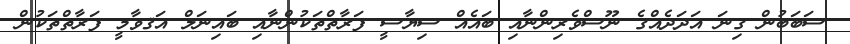
ސަބަބުން ގިނަ އަދަދެއްގެ ނޫސްވެރިންނާއި ބައެއް ސިޔާސީ ފަރާތްތަކުންނާއި ބައިނަލް އަޤވާމީ ފަރާތްތަކުން